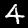
Digit: 4